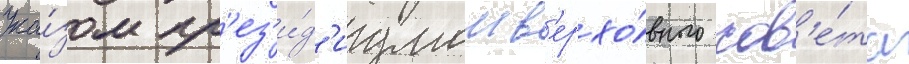
Ука́зом пр'ез'и́д'иумом в'ерхо́вного сов'е́та